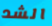
الشد